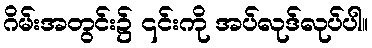
ဂိမ်းအတွင်း၌ ၎င်းကို အပ်လုဒ်လုပ်ပါ။